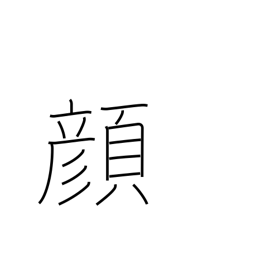
Meaning: expression